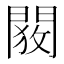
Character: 𬮋